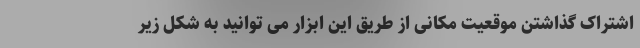
اشتراک گذاشتن موقعیت مکانی از طریق این ابزار می توانید به شکل زیر